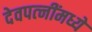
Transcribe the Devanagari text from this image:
देवपत्‍नींमध्ये